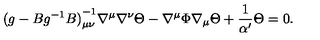
{ ( g - B g ^ { - 1 } B ) } _ { \mu \nu } ^ { - 1 } \nabla ^ { \mu } \nabla ^ { \nu } \Theta - \nabla ^ { \mu } \Phi \nabla _ { \mu } \Theta + { \frac { 1 } { \alpha ^ { \prime } } } \Theta = 0 .